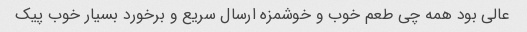
عالی بود همه چی طعم خوب و خوشمزه ارسال سریع و برخورد بسیار خوب پیک